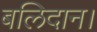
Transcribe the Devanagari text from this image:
बलिदान।